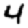
Digit: 4